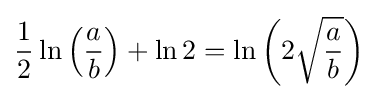
{1 \over 2}\ln \left({\frac {a}{b}}\right)+\ln 2=\ln \left(2{\sqrt {\frac {a}{b}}}\right)